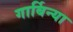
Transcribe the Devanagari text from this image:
गार्बिन्या